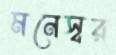
মনেস্বর